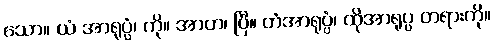
သော။ ယံ အာရုပ္ပံ၊ ကို။ အာဟ၊ ပြီ။ တံအာရုပ္ပံ၊ ထိုအာရုပ္ပ တရားကို။